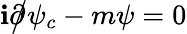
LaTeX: \mathbf{i}{\partial\! \! \! {\big/}}\psi_{c}-m\psi=0